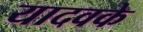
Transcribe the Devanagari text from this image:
यादवके